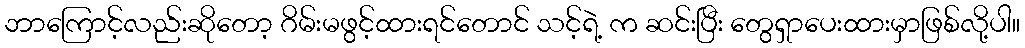
ဘာကြောင့်လည်းဆိုတော့ ဂိမ်းမဖွင့်ထားရင်တောင် သင့်ရဲ့ က ဆင်းပြီး တွေရှာပေးထားမှာဖြစ်လို့ပါ။